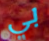
بي